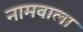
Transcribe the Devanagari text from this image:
नामवाला